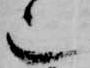
也